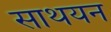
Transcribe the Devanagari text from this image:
साथयन